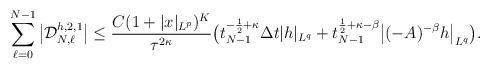
LaTeX: \begin{align*}\sum_{\ell=0}^{N-1}\big|\mathcal{D}_{N,\ell}^{h,2,1}\big|\le \frac{C(1+|x|_{L^p})^K}{\tau^{2\kappa}}\bigl(t_{N-1}^{-\frac12+\kappa}\Delta t |h|_{L^q}+t_{N-1}^{\frac12+\kappa-\beta}\big|(-A)^{-\beta}h\big|_{L^q}\bigr).\end{align*}